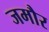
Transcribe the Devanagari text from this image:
जमौर